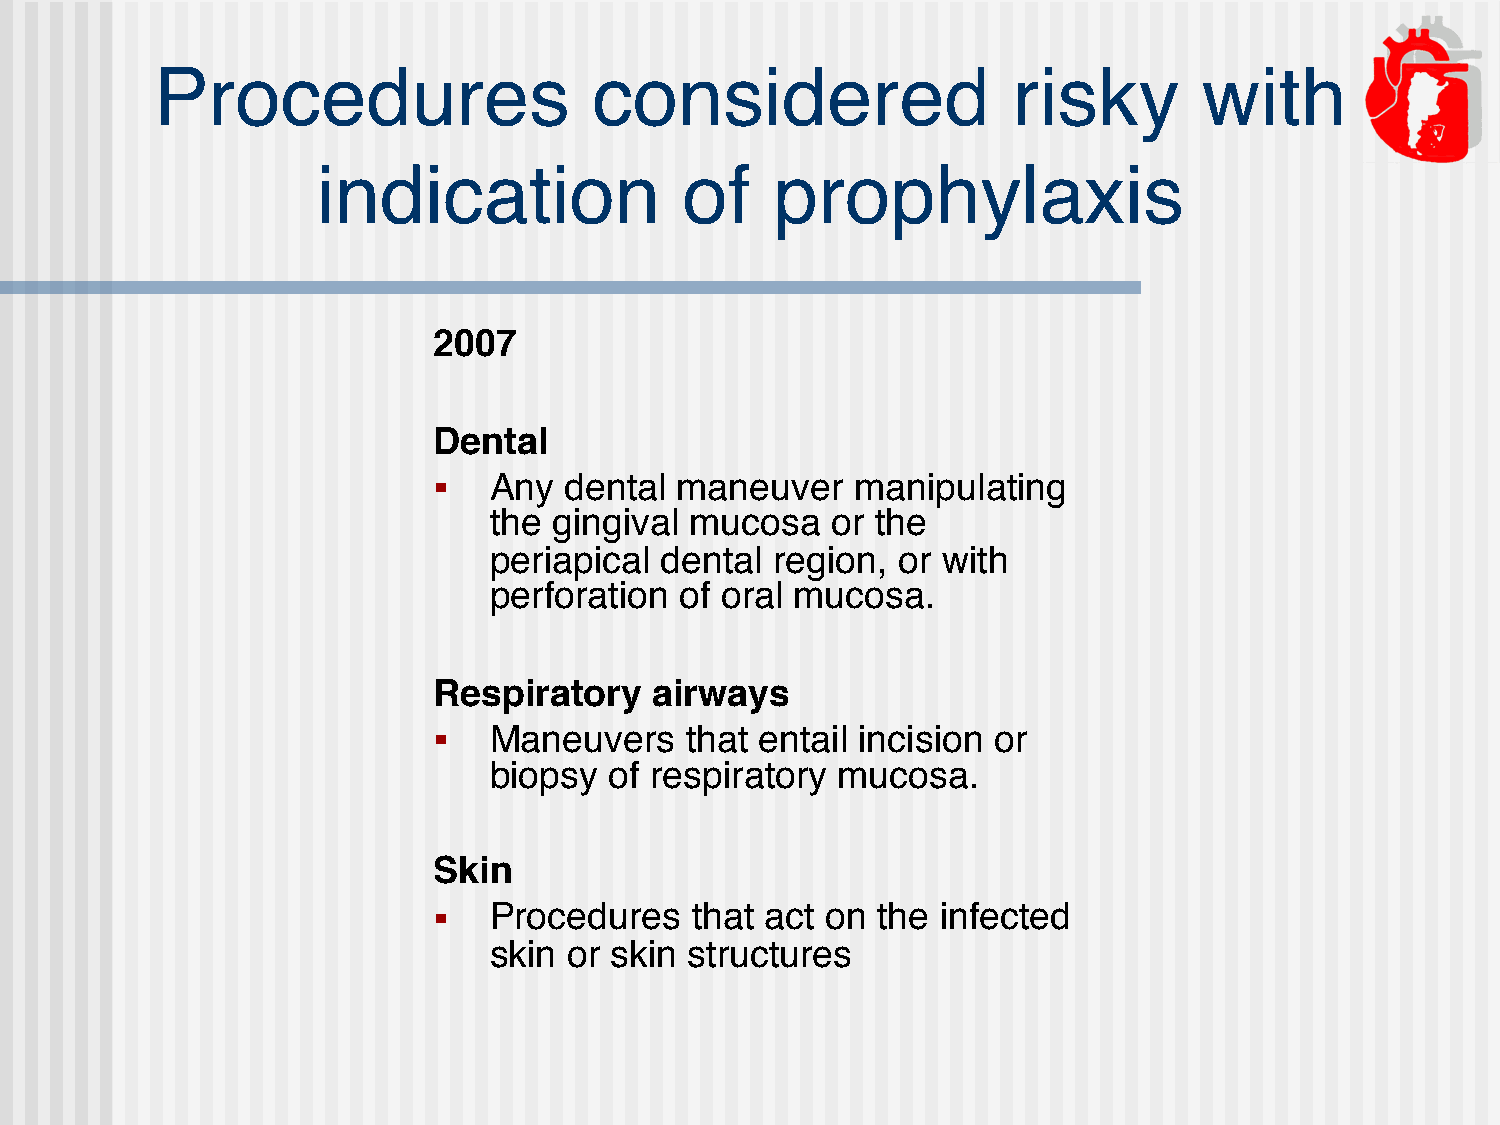
Procedures                   considered                  risky        with
 indication              of    prophylaxis
 2007
 Dental
 ■  Any  dental  maneuver    manipulating
 the  gingival mucosa   or the
 periapical  dental region, or with
 perforation  of oral mucosa.
 Respiratory   airways
 ■  Maneuvers    that entail incision or
 biopsy  of respiratory mucosa.
 Skin
 ■  Procedures    that act on the infected
 skin  or skin structures